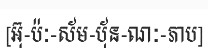
[អ៊ុ-ប៉ៈ-ស័ម-ប៉័ន-ណៈ-ភាប]